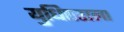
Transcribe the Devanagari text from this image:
युधिष्टराला